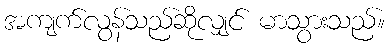
အကျက်လွန်သည်ဆိုလျှင် မာသွားသည်။